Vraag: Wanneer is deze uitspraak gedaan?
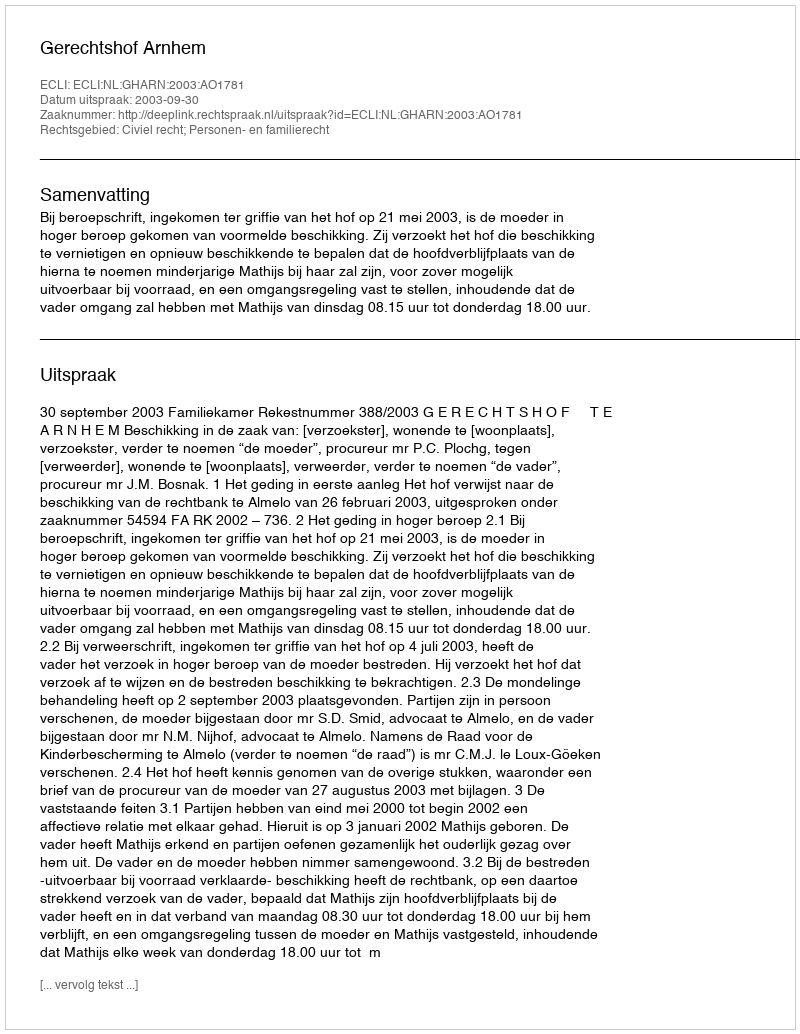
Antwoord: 2003-09-30